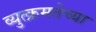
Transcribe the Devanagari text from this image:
व्युत्क्रमतेच्या